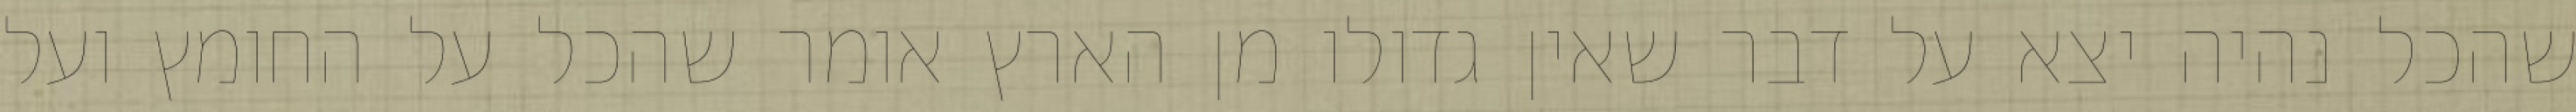
שהכל נהיה יצא על דבר שאין גדולו מן הארץ אומר שהכל על החומץ ועל